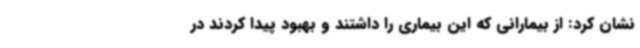
نشان کرد: از بیمارانی که این بیماری را داشتند و بهبود پیدا کردند در